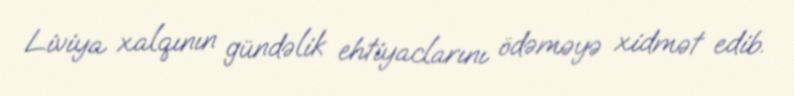
Liviya xalqının gündəlik ehtiyaclarını ödəməyə xidmət edib.